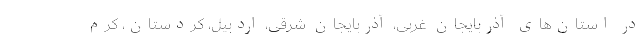
در استان‌های آذربایجان غربی، آذربایجان شرقی، اردبیل، کردستان، کرم